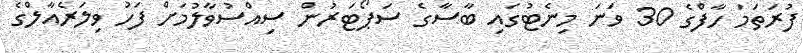
ފުރަތަމަ ހާފްގެ 30 ވަނަ މިނެޓުގައި ބާސާގެ ސަޕޯޓަރުން ސިއްސުވާލުމަށް ފަހު ވިލަރެއާލްގެ